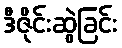
ဒီဇိုင်းဆွဲခြင်း